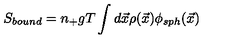
S _ { b o u n d } = n _ { + } g T \int d { \vec { x } } \rho ( { \vec { x } } ) \phi _ { s p h } ( { \vec { x } } )